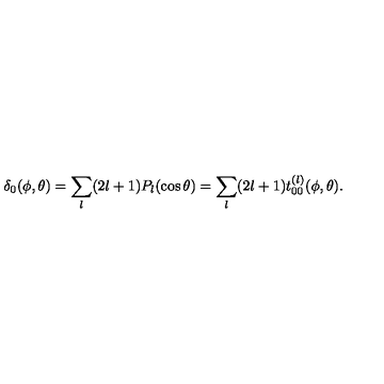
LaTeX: \delta _ { 0 } ( \phi , \theta ) = \sum _ { l } ( 2 l + 1 ) P _ { l } ( \cos \theta ) = \sum _ { l } ( 2 l + 1 ) t _ { 0 0 } ^ { ( l ) } ( \phi , \theta ) .